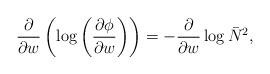
LaTeX: \begin{align*}\frac{\partial}{\partial w}\left ( \log \left (\frac{\partial\phi}{\partial w} \right )\right)=-\frac{\partial}{\partial w} \log \bar N^2,\end{align*}